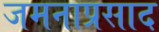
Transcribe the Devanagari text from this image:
जमनाप्रसाद